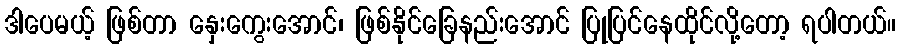
ဒါပေမယ့် ဖြစ်တာ နှေးကွေးအောင်၊ ဖြစ်နိုင်ခြေနည်းအောင် ပြုပြင်နေထိုင်လို့တော့ ရပါတယ်။